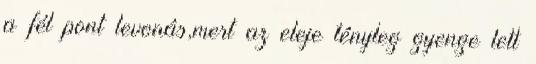
a fél pont levonás,mert az eleje tényleg gyenge lett